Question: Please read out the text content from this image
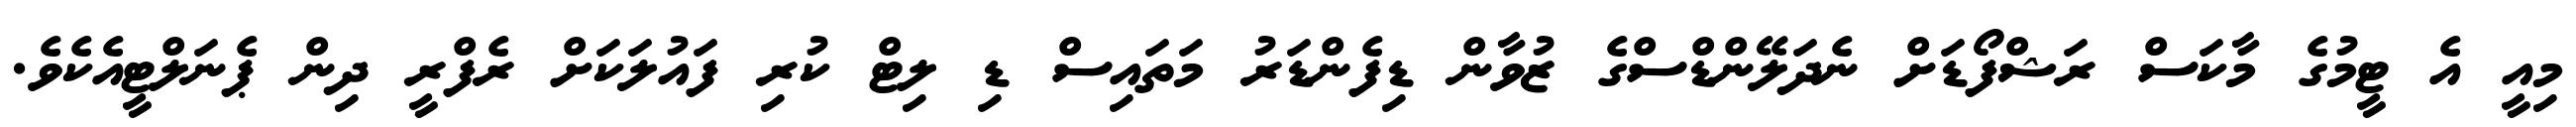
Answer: މިއީ އެ ޓީމުގެ މާކަސް ރަޝްފޯޑަށް ނެދަލޭންޑްސްގެ ޒުވާން ޑިފެންޑަރު މަތައިސް ޑި ލިޓް ކުރި ފައުލަކަށް ރެފްރީ ދިން ޕެނަލްޓީއެކެވެ.